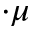
\cdot \mu